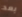
بعد